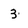
Character: 3